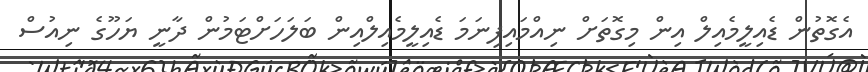
އެގޮތުން ޑެއިލީމެއިލް އިން މިގޮތަށް ނިއްމައިފިނަމަ ޑެއިލީމެއިލްއިން ބަލަހަށްޓަމުން ދާނީ ޔަހޫގެ ނިއުސް